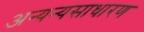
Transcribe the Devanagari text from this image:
अन्यन्यसाधारण